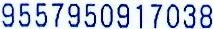
9557950917038